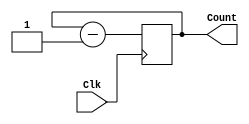
module Counter3bit(
  input Clk,
  output [2:0] Count
);
  reg [2:0] Count;
  always @(posedge Clk) begin
    Count <= Count + 1;
    Count <= Count - 1; // Multiple driven error
  end
endmodule